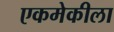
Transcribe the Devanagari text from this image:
एकमेकीला